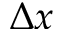
\Delta x